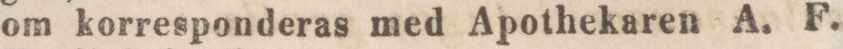
om korresponderas med Apothekaren A. F.